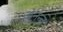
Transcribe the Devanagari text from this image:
अनन्‍त